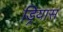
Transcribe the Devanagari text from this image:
ड्रियास